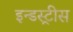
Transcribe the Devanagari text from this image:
इन्डस्ट्रीस